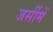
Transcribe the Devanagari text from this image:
जर्सीमें